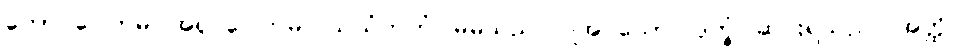
ဘော ဂေါတမ၊ အရှင်ဂေါတမ။ သယံကတံ၊ မိမိသည် ပြုအပ်သော။ ဒုက္ခံ၊ ဆင်းရဲသည်။ အတ္ထိ